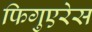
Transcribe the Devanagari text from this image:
फिगुएरेस